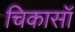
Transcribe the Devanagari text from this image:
चिकासॉ